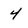
Character: 4